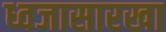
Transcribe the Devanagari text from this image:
ध्वजासारखा